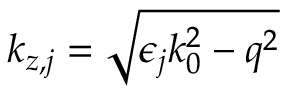
k _ { z , j } = \sqrt { \epsilon _ { j } k _ { 0 } ^ { 2 } - q ^ { 2 } }